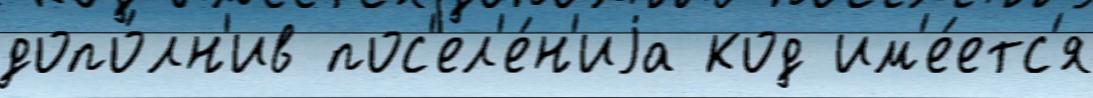
допо́лн'ив пос'ел'е́н'иjа код им'е́етс'я